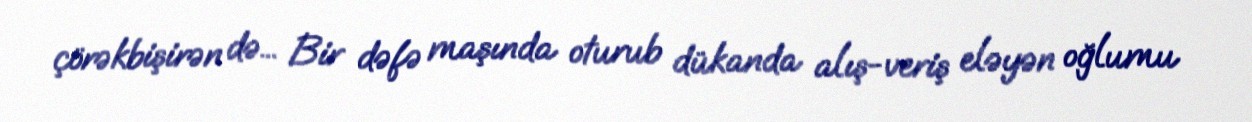
çörəkbişirən də... Bir dəfə maşında oturub dükanda alış-veriş eləyən oğlumu